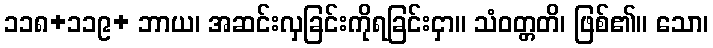
၁၁၈+၁၁၉+ ဘာယ၊ အဆင်းလှခြင်းကိုရခြင်းငှာ။ သံဝတ္တတိ၊ ဖြစ်၏။ သော၊